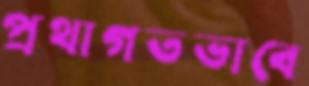
প্রথাগতভাবে